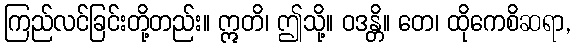
ကြည်လင်ခြင်းတို့တည်း။ ဣတိ၊ ဤသို့။ ဝဒန္တိ။ တေ၊ ထိုကေစိဆရာ,